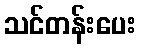
သင်တန်းပေး